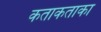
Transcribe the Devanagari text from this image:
कताकताका